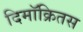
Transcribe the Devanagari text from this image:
दिमॉक्रितस